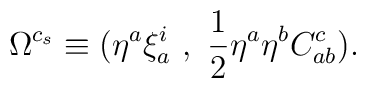
\Omega^{c_s}\equiv (\eta^a\xi^i_a~,~{1\over 2}\eta^a\eta^bC_{ab}^c).